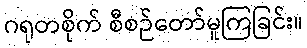
ဂရုတစိုက် စီစဉ်တော်မူကြခြင်း။